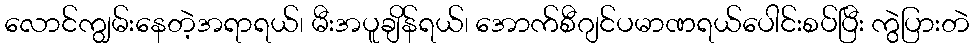
လောင်ကျွမ်းနေတဲ့အရာရယ်၊ မီးအပူချိန်ရယ်၊ အောက်စီဂျင်ပမာဏရယ်ပေါင်းစပ်ပြီး ကွဲပြားတဲ